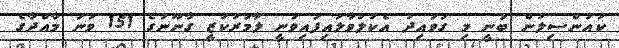
ކައުންސިލުން ބުނީ މި ގަވައިދު އެކުލަވާލައިފައިވަނީ ލާމަރުކަޒީ ގާނޫނުގެ 151 ވަނަ މާއްދާގެ